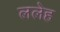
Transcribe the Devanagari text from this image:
ललेह